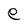
Character: e